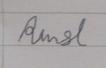
Signature authenticity: forged